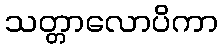
သတ္တာလောပိကာ